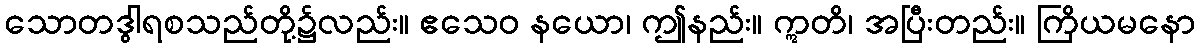
သောတဒွါရစသည်တို့၌လည်း။ ဧသေဝ နယော၊ ဤနည်း။ ဣတိ၊ အပြီးတည်း။ ကြိယမနော